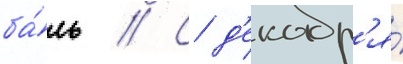
ба́ль // С д'екабр'я́